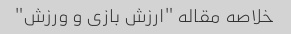
خلاصه مقاله "ارزش بازی و ورزش"